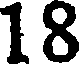
18